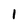
Character: 1